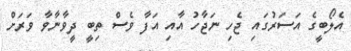
އެލޯބީގެ އަސަރުގައި ޖެހި ނަޖާހު އާއި އަފާ ވެސް ތިބީ ދީވާނާވާ ވަރަށް